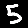
Digit: 5